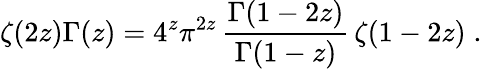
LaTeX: \zeta(2z)\Gamma(z)=4^{z}\pi^{2z}\, \frac{\Gamma(1-2z)}{\Gamma(1-z)}\, \zeta(1-2z)\; .